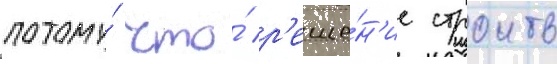
потому́ что́ р'еше́н'ие строить